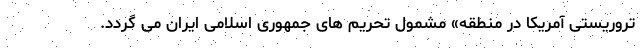
تروریستی آمریکا در منطقه» مشمول تحریم های جمهوری اسلامی ایران می گردد.